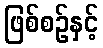
ဖြစ်စဉ်နှင့်